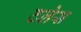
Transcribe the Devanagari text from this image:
टलेस